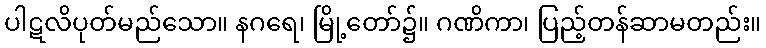
ပါဋလိပုတ်မည်သော။ နဂရေ၊ မြို့တော်၌။ ဂဏိကာ၊ ပြည့်တန်ဆာမတည်း။